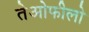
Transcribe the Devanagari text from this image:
तेओफीलो